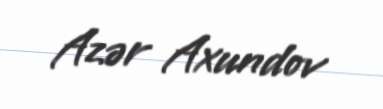
Azər Axundov